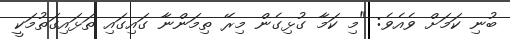
ބުނި ކަމަށް ވެއެވެ: "މި ކަމާ ގުޅިގެން މިރޭ ތިމަންނާ ގައިގައި ތަޅައިގަތުމަކީ